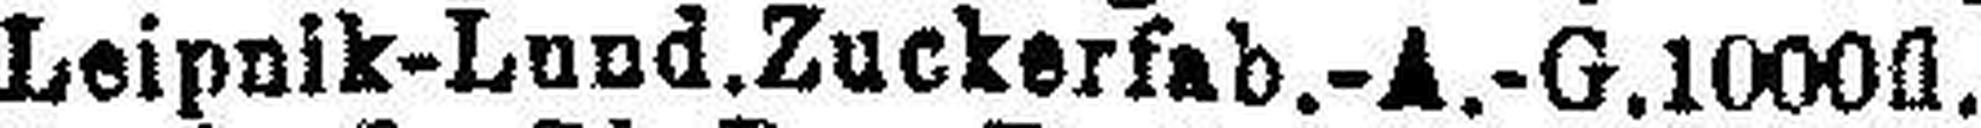
Leipnik-Lund.Zuckerfab.-A.-G. 1000fl.